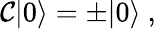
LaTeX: \mathcal{C}|0\rangle=\pm|0\rangle\ ,